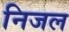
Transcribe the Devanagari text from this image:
निजल